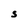
Character: S